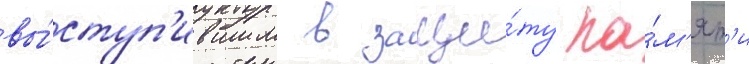
вы́ступ'ившим в защи́ту па́м'ят'и